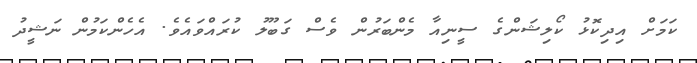
ކަމަށް އިދިކޮޅު ކޯލިޝަންގެ ސީނިއާ މެންބަރުން ވެސް ގަބޫލު ކުރައްވައެވެ. އެހެންކަމުން ނަޝީދު